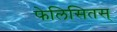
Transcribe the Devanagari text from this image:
फेलिसितस्